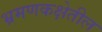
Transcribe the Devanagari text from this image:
भ्रमणकक्षेतील